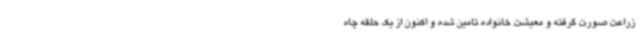
زراعت صورت گرفته و معیشت خانواده تامین شده و اکنون از یک حلقه چاه